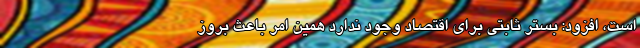
است، افزود: بستر ثابتی برای اقتصاد وجود ندارد همین امر باعث بروز